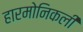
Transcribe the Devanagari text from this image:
हारमोनिकली